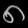
Digit: ၈